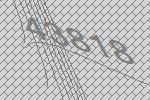
43818